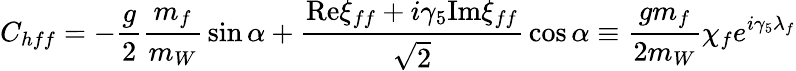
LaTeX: C_{hff}=-{\frac{g}{2}}{\frac{m_{f}}{m_{W}}}\sin\alpha+{\frac{\mathrm{Re}\xi_{ff}+i\gamma_{5}\mathrm{Im}\xi_{ff}}{\sqrt{2}}}\cos\alpha\equiv{\frac{gm_{f}}{2m_{W}}}\chi_{f}e^{i\gamma_{5}\lambda_{f}}